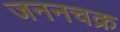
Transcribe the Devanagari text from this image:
जननचक्र